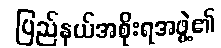
ပြည်နယ်အစိုးရအဖွဲ့၏